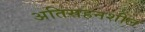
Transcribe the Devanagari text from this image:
अतिसहनशील